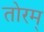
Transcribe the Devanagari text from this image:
तोरम्